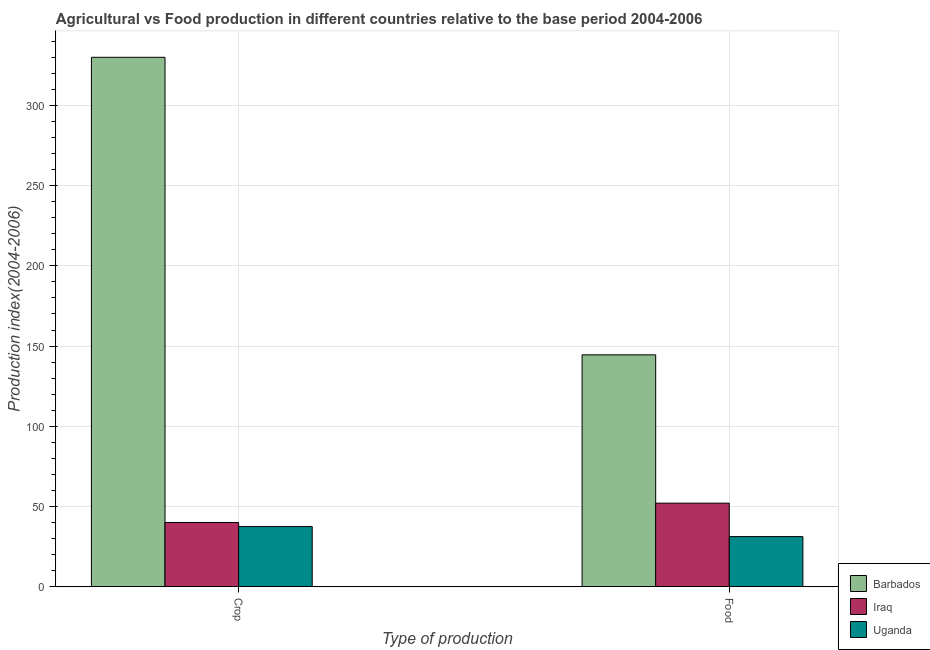
| Type of production | Barbados | Iraq | Uganda |
 | --- | --- | --- | --- |
 | Crop | 330 | 40.1 | 37.5 |
 | Food | 145 | 52.1 | 31.2 |